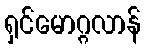
ရှင်မောဂ္ဂလာန်